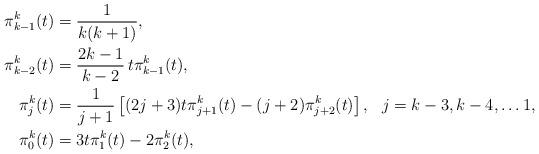
LaTeX: \begin{align*}\pi_{k-1}^k(t)&=\frac{1}{k(k+1)},\\\pi_{k-2}^k(t)&=\frac{2k-1}{k-2}\,t\pi_{k-1}^k(t),\\\pi_j^k(t)&=\frac{1}{j+1}\left[(2j+3)t\pi_{j+1}^k(t)-(j+2)\pi_{j+2}^k(t)\right],&j=k-3,k-4,\dots1,\\\pi_0^k(t)&=3t\pi_1^k(t)-2\pi_2^k(t),\end{align*}